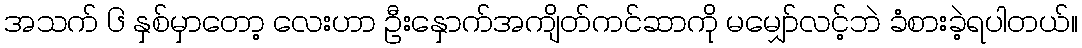
အသက် ၆ နှစ်မှာတော့ လေးဟာ ဦးနှောက်အကျိတ်ကင်ဆာကို မမျှော်လင့်ဘဲ ခံစားခဲ့ရပါတယ်။